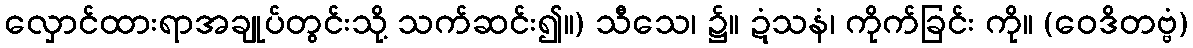
လှောင်ထားရာအချုပ်တွင်းသို့ သက်ဆင်း၍။) သီသေ၊ ၌။ ဍံသနံ၊ ကိုက်ခြင်း ကို။ (ဝေဒိတဗ္ဗံ)